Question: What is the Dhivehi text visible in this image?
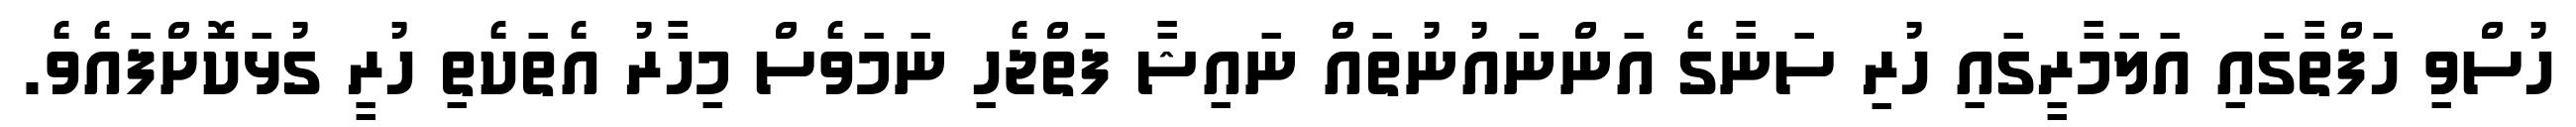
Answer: ހުސްވި ހަފްތާގައި އަލަމާރީގައި ހުރި ސަނާގެ އަންނައުނުތައް ނައިޝާ ފަތްޖެހި ނަމަވެސް މިހާރު އެތަކެތި ހުރީ ގުޅަކޮށްފައެވެ.